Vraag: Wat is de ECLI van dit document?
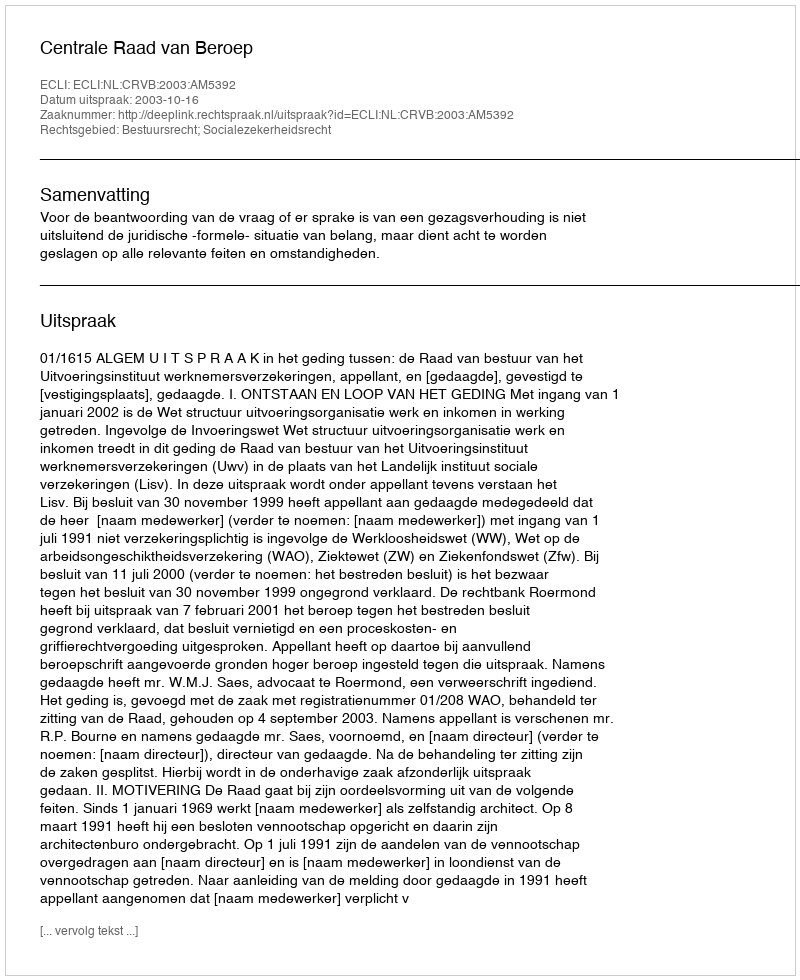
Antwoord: ECLI:NL:CRVB:2003:AM5392